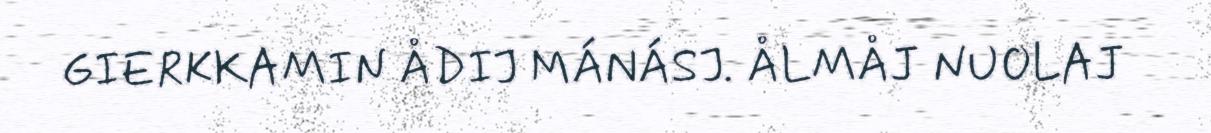
GIERKKAMIN ÅDIJ MÁNÁSJ. ÅLMÅJ NUOLAJ